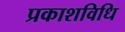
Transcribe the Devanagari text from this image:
प्रकाशविधि